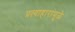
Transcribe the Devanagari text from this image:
प्रत्याहारांमुळे